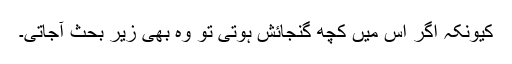
کیونکہ اگر اس میں کچھ گنجائش ہوتی تو وہ بھی زیر بحث آجاتی۔